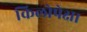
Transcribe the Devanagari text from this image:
किलोपेक्षा